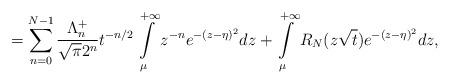
LaTeX: \begin{align*} = \sum\limits_{n=0}^{N-1} \frac{\Lambda^+_n}{\sqrt{\pi} 2^n} t^{-n/2} \int\limits_{\mu}^{+\infty} z^{-n} e^{-(z-\eta)^2} dz + \int\limits_{\mu}^{+\infty} R_N(z\sqrt{t}) e^{-(z-\eta)^2} dz, \end{align*}